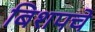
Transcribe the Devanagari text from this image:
बिशपचे